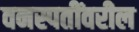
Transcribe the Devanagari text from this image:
वनस्पतींवरील